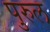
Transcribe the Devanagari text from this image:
पुरुल